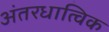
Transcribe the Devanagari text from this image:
अंतरधात्विक